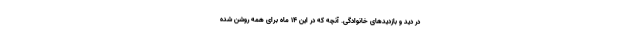
در دید و بازدیدهای خانوادگی. آنچه که در این ۱۴ ماه برای همه روشن شده